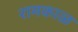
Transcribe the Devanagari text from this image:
रामकाळ